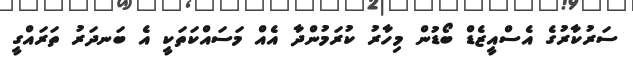
ސަރުކާރުގެ އެސްއީޒެޑް ބޯޑުން މިހާރު ކުރަމުންދާ އެއް މަސައްކަތަކީ އެ ބަނދަރު ތަރައްގީ